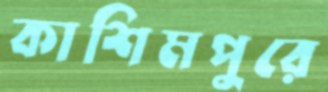
কাশিমপুরে